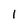
Character: 1